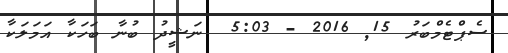
ސެޕްޓެމްބަރު 15